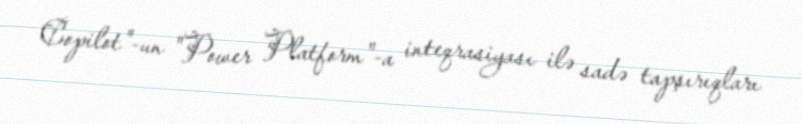
Copilot"-un "Power Platform"-a inteqrasiyası ilə sadə tapşırıqları